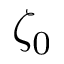
\zeta _ { 0 }